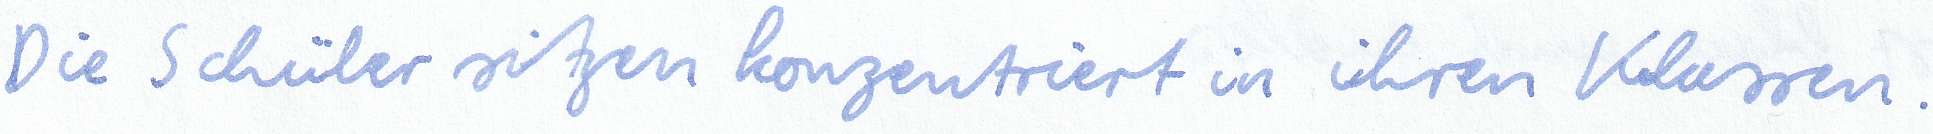
Die Schüler sitzen konzentriert in ihren Klassen.